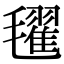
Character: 𣰞